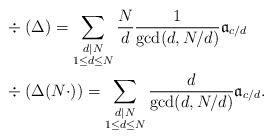
LaTeX: \begin{align*}&\div(\Delta)=\sum\limits_{\substack{d|N \\ 1\leq d\leq N}} \frac{N}{d}\frac{1}{\gcd(d,N/d)}\mathfrak{a}_{c/d}\\&\div(\Delta(N\cdot))=\sum\limits_{\substack{d|N \\ 1\leq d\leq N}} \frac{d}{\gcd(d,N/d)}\mathfrak{a}_{c/d}.\end{align*}